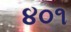
૪૦૧